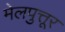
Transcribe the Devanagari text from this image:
मेलपुत्तूर